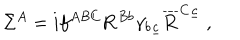
LaTeX: \Sigma ^ { A } = i f ^ { A B C } { \bf R } ^ { B b } \gamma _ { b \underline { { c } } } \overline { { { \bf R } } } ^ { C \underline { { c } } } \ ,